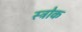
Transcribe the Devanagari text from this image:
स्‍ट्रोक